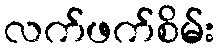
လက်ဖက်စိမ်း